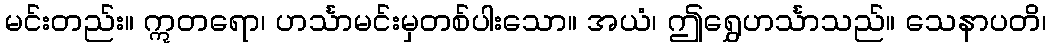
မင်းတည်း။ ဣတရော၊ ဟင်္သာမင်းမှတစ်ပါးသော။ အယံ၊ ဤရွှေဟင်္သာသည်။ သေနာပတိ၊